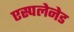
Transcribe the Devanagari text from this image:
एस्पलेनेड